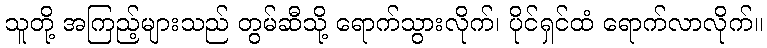
သူတို့ အကြည့်များသည် တွမ်ဆီသို့ ရောက်သွားလိုက်၊ ပိုင်ရှင်ထံ ရောက်လာလိုက်။